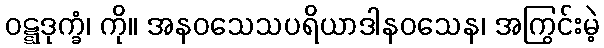
ဝဋ္ဋဒုက္ခံ၊ ကို။ အနဝသေသပရိယာဒါနဝသေန၊ အကြွင်းမဲ့